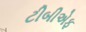
ટીબીએફ